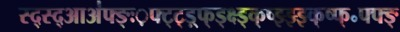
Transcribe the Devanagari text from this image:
स्द्स्द्आअ॑फ्ङ्ः़फ्ट्ट्ड़्फ्ड्क्ष्ड्क्ष्झ्झ्झ्क्ष्फ्॰फ्फ्ङ्